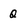
Character: Q